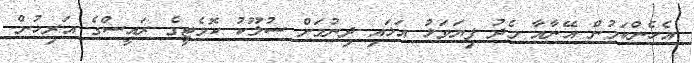
އެހެންކަމުން އޭނާއާ މެދު ފިޔަވަޅު އަޅައި ދިނުމަށް ސުލޫކު ކޮމެޓީގެ ރައީސްގެ އަރިހުން